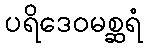
ပရိဒေဝမစ္ဆရံ